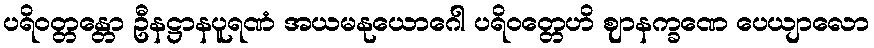
ပရိဝတ္တန္တော ဦနဋ္ဌာနပူရဏံ အယမနုယောဂေါ ပရိဝတ္တေဟိ ဈာနက္ခဏေ ပေယျာလော